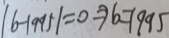
\vert b - 1 9 9 5 \vert = 0 \Rightarrow b = 1 9 9 5